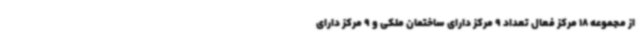
از مجموعه 18 مرکز فعال تعداد 9 مرکز دارای ساختمان ملکی و 9 مرکز دارای